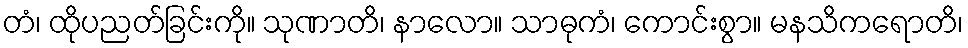
တံ၊ ထိုပညတ်ခြင်းကို။ သုဏာတိ၊ နာလော။ သာဓုကံ၊ ကောင်းစွာ။ မနသိကရောတိ၊